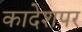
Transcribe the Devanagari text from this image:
कादेशपर